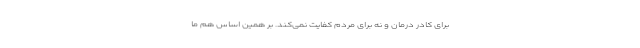
برای کادر درمان و نه برای مردم کفایت نمی‌کند. بر همین اساس هم ما